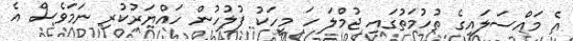
އެ މައްސަލައިގެ ތުހުމަތުގައި ޖުމްލަ ހަ މީހަކު ފުލުހުން ހައްޔަރުކުރި ނަމަވެސް އެ